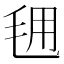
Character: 𭯕